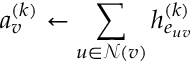
a _ { v } ^ { ( k ) } \gets \sum _ { u \in \mathcal { N } ( v ) } h _ { e _ { u v } } ^ { ( k ) }